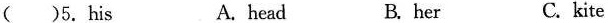
( )5.his A.head B. her C. kite